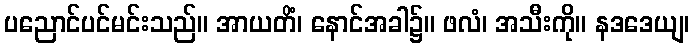
ပညောင်ပင်မင်းသည်။ အာယတိံ၊ နောင်အခါ၌။ ဖလံ၊ အသီးကို။ နဒဒေယျ၊